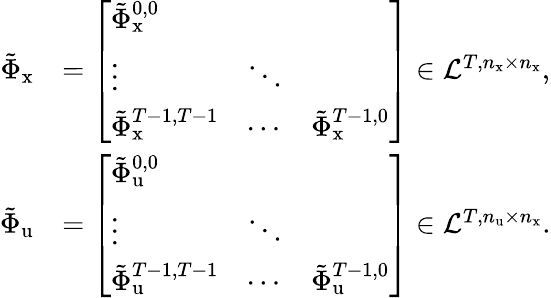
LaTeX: \begin{array}{rl}{\tilde{\Phi}_{\mathrm{x}}}&{=\left[\begin{array}{lll}{\tilde{\Phi}_{\mathrm{x}}^{0,0}}&&\\ {\vdots}&{\ddots}&\\ {\tilde{\Phi}_{\mathrm{x}}^{T-1,T-1}}&{\cdots}&{\tilde{\Phi}_{\mathrm{x}}^{T-1,0}}\end{array}\right]\in\mathcal{L}^{T,n_{\mathrm{x}}\times n_{\mathrm{x}}},}\\ {\tilde{\Phi}_{\mathrm{u}}}&{=\left[\begin{array}{lll}{\tilde{\Phi}_{\mathrm{u}}^{0,0}}&&\\ {\vdots}&{\ddots}&\\ {\tilde{\Phi}_{\mathrm{u}}^{T-1,T-1}}&{\cdots}&{\tilde{\Phi}_{\mathrm{u}}^{T-1,0}}\end{array}\right]\in\mathcal{L}^{T,n_{\mathrm{u}}\times n_{\mathrm{x}}}.}\end{array}